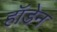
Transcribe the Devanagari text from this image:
हॉडेन